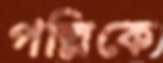
পল্লিকে